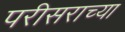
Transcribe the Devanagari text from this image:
परीसराच्या